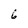
Character: 6